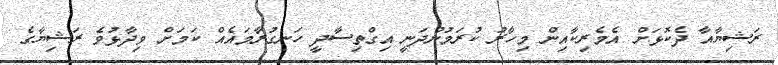
ރަޝިޔާއާ ދެކޮޅަށް އެމެރިކާއިން މިހާރު ކުރަމުންދަނީ އިގްތިސާދީ ހަނގުރާމައެއް ކަމަށް ވިދާޅުވެ ރަޝިޔާގެ